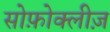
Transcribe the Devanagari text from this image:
सोफ़ोक्लीज़